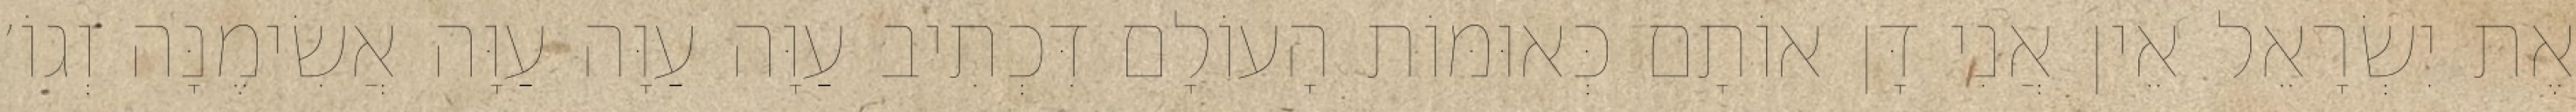
אֶת יִשְׂרָאֵל אֵין אֲנִי דָּן אוֹתָם כְּאוּמּוֹת הָעוֹלָם דִּכְתִיב עַוָּה עַוָּה עַוָּה אֲשִׂימֶנָּה וְגוֹ׳